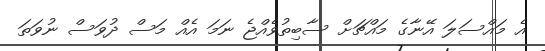
އެ މައްސަލަ އޭނާގެ މައްޗަށް ސާބިތުވެއްޖެ ނަމަ އެއް މަސް ދުވަސް ނުވަތަ